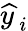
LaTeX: {\widehat{y\, }}_{i}